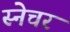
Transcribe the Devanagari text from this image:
स्नेचर